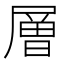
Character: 層